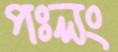
পঃলং